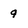
Character: 9